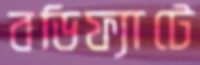
বডিফ্যাটে